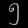
Digit: ၅